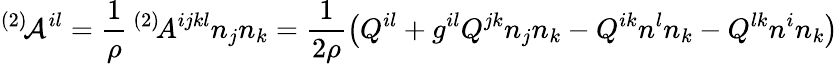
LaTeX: ^{(2)}\! {\cal A}^{il}=\frac 1\rho\, ^{(2)}\! A^{ijkl}n_{j}n_{k}=\frac 1{2\rho}\left(Q^{il}+g^{il}Q^{jk}n_{j}n_{k}-Q^{ik}n^{l}n_{k}-Q^{lk}n^{i}n_{k}\right)